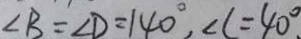
\angle B = \angle D = 1 4 0 ^ { \circ } , \angle C = 4 0 ^ { \circ }